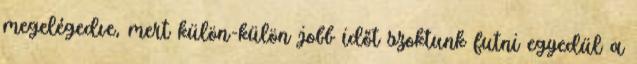
megelégedve, mert külön-külön jobb időt szoktunk futni egyedül a